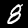
Label: 8